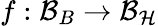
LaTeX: f:\mathcal{B}_{B}\rightarrow\mathcal{B_{H}}